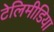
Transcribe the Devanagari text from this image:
टेलिमीडिया